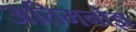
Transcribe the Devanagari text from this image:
अतिमनोज्ञ